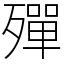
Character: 殫